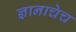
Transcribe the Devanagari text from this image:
ज्ञानाचेच